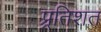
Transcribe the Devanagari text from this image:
प्र्रतिशत